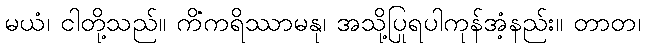
မယံ၊ ငါတို့သည်။ ကိံကရိဿာမနု၊ အသို့ပြုရပါကုန်အံ့နည်း။ တာတ၊